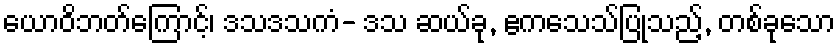
ယောဝိဘတ်ကြောင့်၊ ဒသဒသကံ- ဒသ ဆယ်ခု, ဧကသေသ်ပြုသည့်, တစ်ခုသော